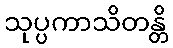
သုပ္ပကာသိတန္တိ